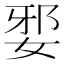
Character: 𡜹